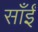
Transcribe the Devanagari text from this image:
साँईं